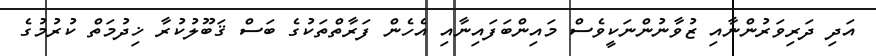
އަދި ދަރިވަރުންނާއި ޒުވާނުންނަކީވެސް މައިންބަފައިނާއި އެހެން ފަރާތްތަކުގެ ބަސް ޤަބޫލުކުރާ ޚިދުމަތް ކުރުމުގެ